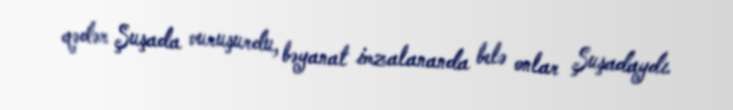
qədər Şuşada vuruşurdu, bəyanat imzalananda belə onlar Şuşadaydı.